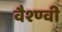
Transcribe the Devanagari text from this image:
वैश्ण्वी